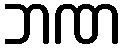
ဘဏ